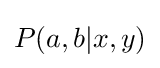
P(a,b|x,y)